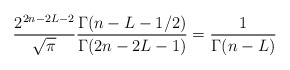
\begin{align*} \frac{2^{2n-2L-2}}{\sqrt{\pi}}\frac{\Gamma(n-L-1/2)}{\Gamma(2n-2L-1)}=\frac 1{\Gamma(n-L)}\end{align*}